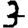
Digit: 3